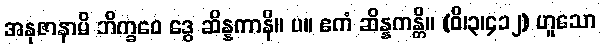
အနုဇာနာမိ ဘိက္ခဝေ ဒွေ ဆိန္နကာနိ။ ပ။ ဧကံ ဆိန္နကန္တိ။ (ဝိ၊၃၊၄၁၂) ဟူသော